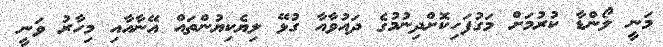
މަނީ ލޯންޑާ ކުރުމަށް މަގުފަހިކޮށްދިނުމުގެ ދައުވާއާ ގުޅޭ ލިޔެކިޔުންތައް އޭނާއާއި މިހާރު ވަނީ